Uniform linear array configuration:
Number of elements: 64
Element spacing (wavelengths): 1
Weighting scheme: blackman
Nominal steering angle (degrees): -30
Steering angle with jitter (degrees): -29.517
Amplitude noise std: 0.05
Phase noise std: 0.05

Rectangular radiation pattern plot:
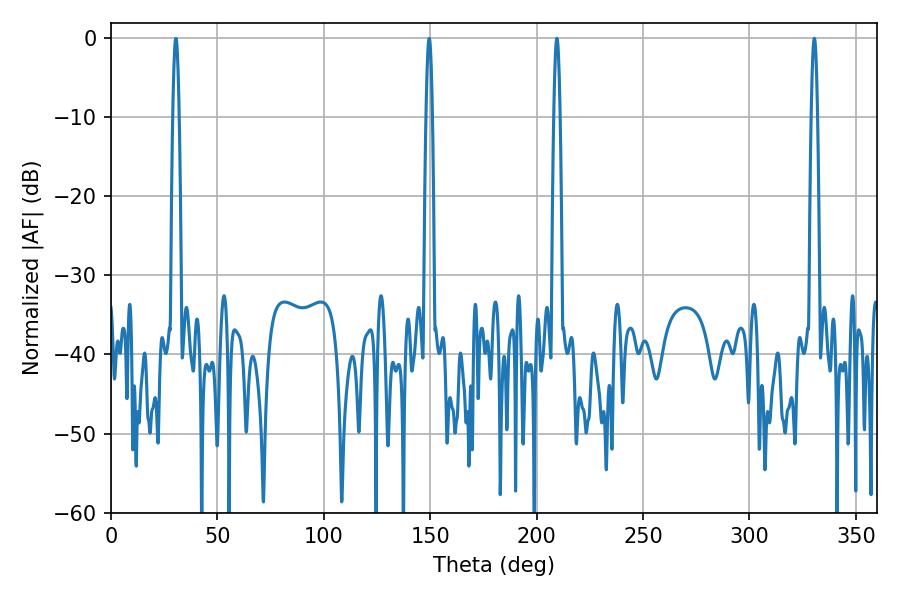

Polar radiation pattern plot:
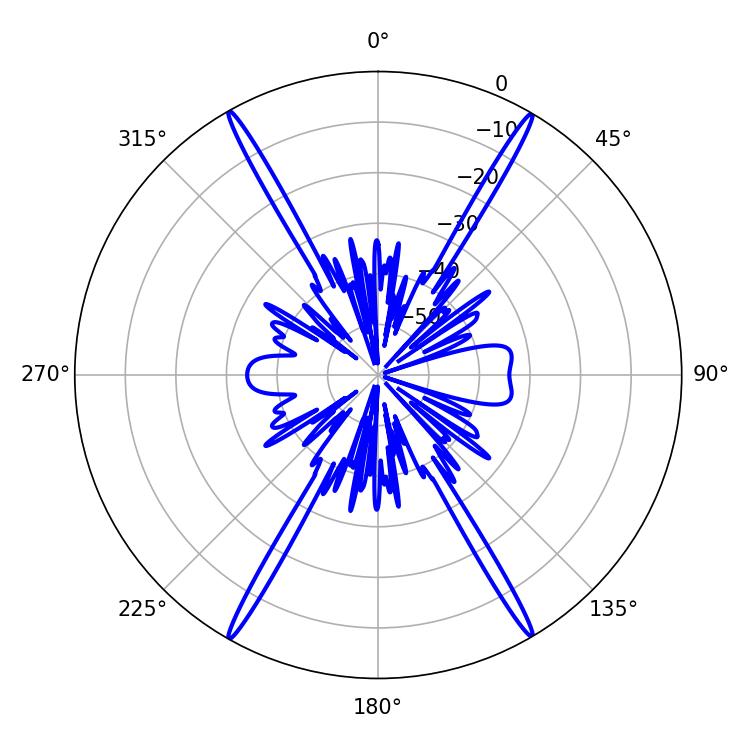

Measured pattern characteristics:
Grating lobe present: TRUE
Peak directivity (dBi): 31.766
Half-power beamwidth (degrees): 1.44
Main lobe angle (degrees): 330.48